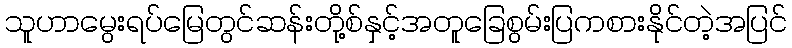
သူဟာမွေးရပ်မြေတွင်ဆန်းတို့စ်နှင့်အတူခြေစွမ်းပြကစားနိုင်တဲ့အပြင်